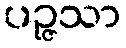
ပဉ္ဇသာ